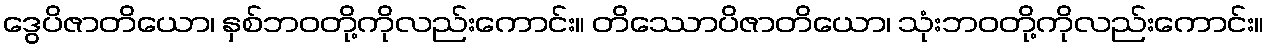
ဒွေပိဇာတိယော၊ နှစ်ဘဝတို့ကိုလည်းကောင်း။ တိဿောပိဇာတိယော၊ သုံးဘဝတို့ကိုလည်းကောင်း။